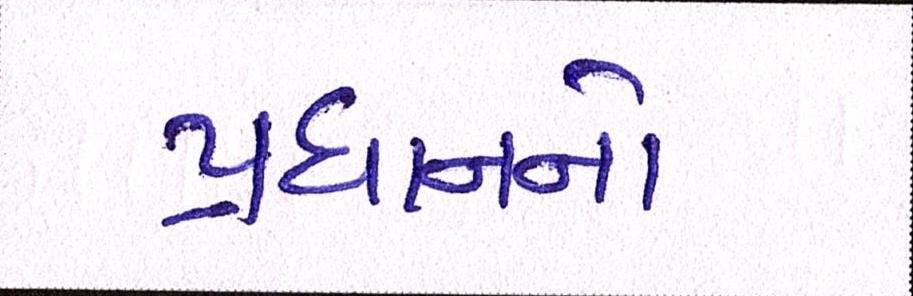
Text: પ્રધાનનો